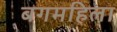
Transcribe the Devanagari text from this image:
बगमहिला